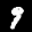
Label: 9